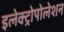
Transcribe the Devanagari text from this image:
इलेक्ट्रोपोलेशन